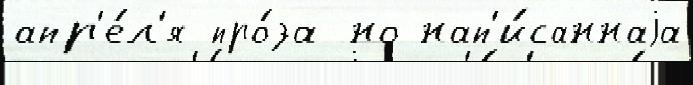
апр'е́л'я про́за но нап'и́саннаjа